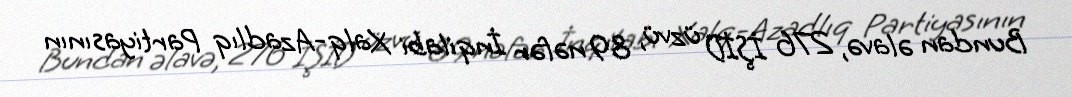
Bundan əlavə, 276 İŞİD üzvü, 89 nəfər İnqilabi Xalq-Azadlıq Partiyasının